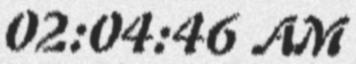
02:04:46 AM